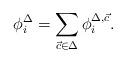
LaTeX: \begin{align*}\phi^{\Delta}_{i}=\sum_{\vec{c} \in \Delta}\phi^{\Delta,\vec{c}}_{i} . \end{align*}